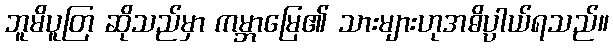
ဘူမိပူတြ ဆိုသည်မှာ ကမ္ဘာမြေ၏ သားများဟုအဓိပ္ပာယ်ရသည်။